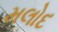
મલોદ